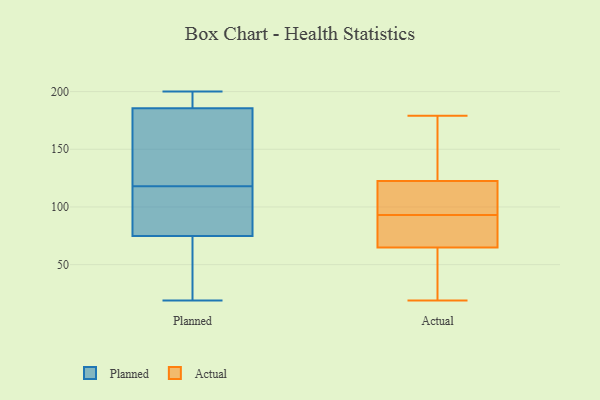
{"axis": {"x": "Conversion Rate (%)", "y": "Value"}, "legend": ["Actual", "Planned"], "data": [{"x": "", "y": 38, "type": "Planned"}, {"x": "", "y": 99, "type": "Planned"}, {"x": "", "y": 107, "type": "Planned"}, {"x": "", "y": 123, "type": "Planned"}, {"x": "", "y": 193, "type": "Planned"}, {"x": "", "y": 71, "type": "Planned"}, {"x": "", "y": 76, "type": "Planned"}, {"x": "", "y": 187, "type": "Planned"}, {"x": "", "y": 19, "type": "Planned"}, {"x": "", "y": 118, "type": "Planned"}, {"x": "", "y": 185, "type": "Planned"}, {"x": "", "y": 200, "type": "Planned"}, {"x": "", "y": 140, "type": "Planned"}, {"x": "", "y": 169, "type": "Planned"}, {"x": "", "y": 83, "type": "Planned"}, {"x": "", "y": 46, "type": "Planned"}, {"x": "", "y": 196, "type": "Planned"}, {"x": "", "y": 111, "type": "Actual"}, {"x": "", "y": 174, "type": "Actual"}, {"x": "", "y": 179, "type": "Actual"}, {"x": "", "y": 35, "type": "Actual"}, {"x": "", "y": 74, "type": "Actual"}, {"x": "", "y": 93, "type": "Actual"}, {"x": "", "y": 139, "type": "Actual"}, {"x": "", "y": 37, "type": "Actual"}, {"x": "", "y": 80, "type": "Actual"}, {"x": "", "y": 104, "type": "Actual"}, {"x": "", "y": 77, "type": "Actual"}, {"x": "", "y": 117, "type": "Actual"}, {"x": "", "y": 19, "type": "Actual"}]}